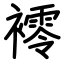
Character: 䙥